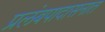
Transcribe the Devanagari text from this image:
प्रलंबपादासनात